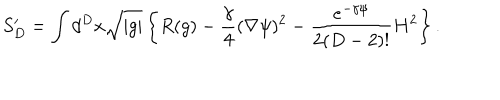
LaTeX: S _ { D } ^ { \prime } = \int d ^ { D } x \sqrt { | g | } \left\{ R ( g ) - \frac { \gamma } 4 ( \nabla \psi ) ^ { 2 } - \frac { e ^ { - \gamma \psi } } { 2 ( D - 2 ) ! } H ^ { 2 } \right\} .